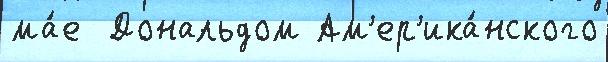
ма́е  Дональдом Ам'ер'ика́нского